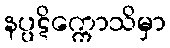
နပ္ပဋိက္ကောသိမှာ